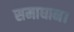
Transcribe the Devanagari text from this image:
समाधान।